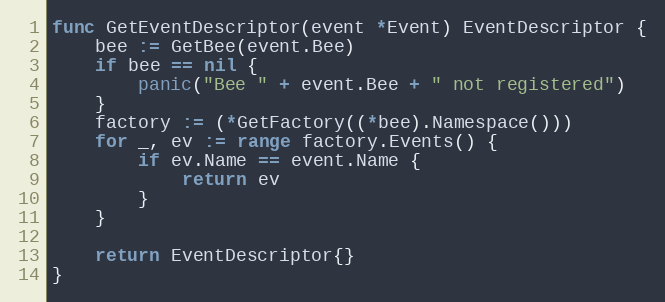
Language: Go
func GetEventDescriptor(event *Event) EventDescriptor {
	bee := GetBee(event.Bee)
	if bee == nil {
		panic("Bee " + event.Bee + " not registered")
	}
	factory := (*GetFactory((*bee).Namespace()))
	for _, ev := range factory.Events() {
		if ev.Name == event.Name {
			return ev
		}
	}

	return EventDescriptor{}
}